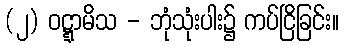
(၂) ဝဋ္ဋာမိသ - ဘုံသုံးပါး၌ ကပ်ငြိခြင်း။